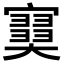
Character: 𡫩